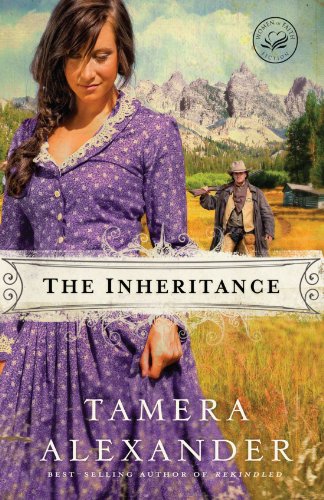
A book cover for The Inheritance (Women of Faith Fiction); Tamera Alexander; Christian Books & Bibles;